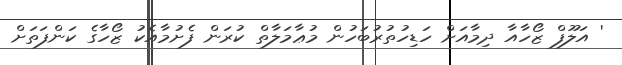
' އަލޫފް ޒޯހާއާ ދިމާއަށް ހަޑިހުތުރުބަހުން މުޢާމަލާތް ކުރަން ފެށުމާއެކު ޒޯހާގެ ކަންފަތަށް